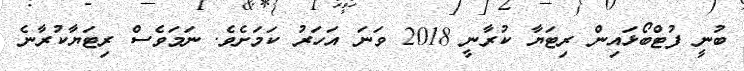
ބުނީ ފުޓްބޯޅައިން ރިޓަޔާ ކުރާނީ 2018 ވަނަ އަހަރު ކަމަށެވެ. ނަމަވެސް ރިޓަޔާކުރާނެ